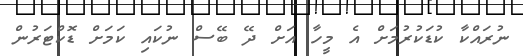
ނުރައްކާ ކުޑަކުރުމަށް އެ މީހާ އަށް ދޭ ބޭސް ނުކައި ކަމަށް ޑޮކްޓަރުން